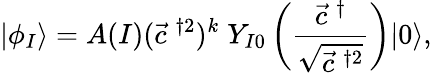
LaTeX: \vert\phi_{I}\rangle=A(I)(\vec{c}^{\; \dagger 2})^{k}\; Y_{I0}\left(\frac{\vec{c}^{\; \dagger}}{\sqrt{\vec{c}^{\; \dagger 2}}}\right)\vert 0\rangle,